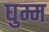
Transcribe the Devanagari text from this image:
घुम्म